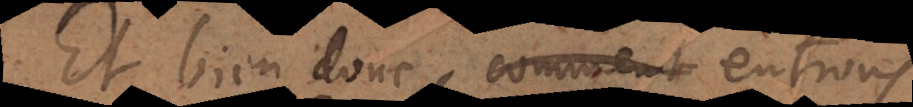
Et bien donc, comment entrons